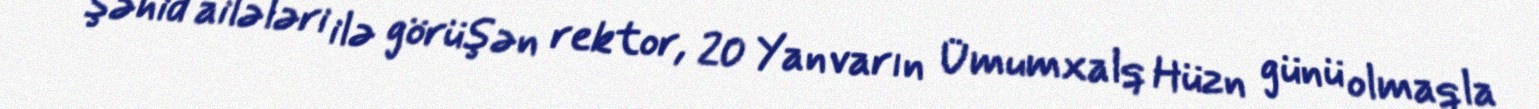
Şəhid ailələri ilə görüşən rektor, 20 Yanvarın Ümumxalq Hüzn günü olmaqla